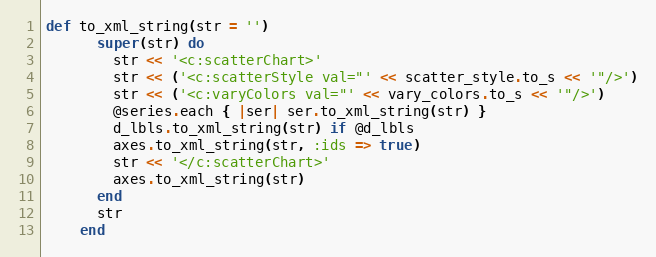
Language: Ruby
def to_xml_string(str = '')
      super(str) do
        str << '<c:scatterChart>'
        str << ('<c:scatterStyle val="' << scatter_style.to_s << '"/>')
        str << ('<c:varyColors val="' << vary_colors.to_s << '"/>')
        @series.each { |ser| ser.to_xml_string(str) }
        d_lbls.to_xml_string(str) if @d_lbls
        axes.to_xml_string(str, :ids => true)
        str << '</c:scatterChart>'
        axes.to_xml_string(str)
      end
      str
    end